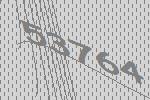
53764